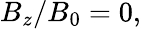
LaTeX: B_{z}/B_{0}=0,